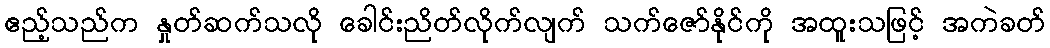
ဧည့်သည်က နှုတ်ဆက်သလို ခေါင်းညိတ်လိုက်လျက် သက်ဇော်နိုင်ကို အထူးသဖြင့် အကဲခတ်